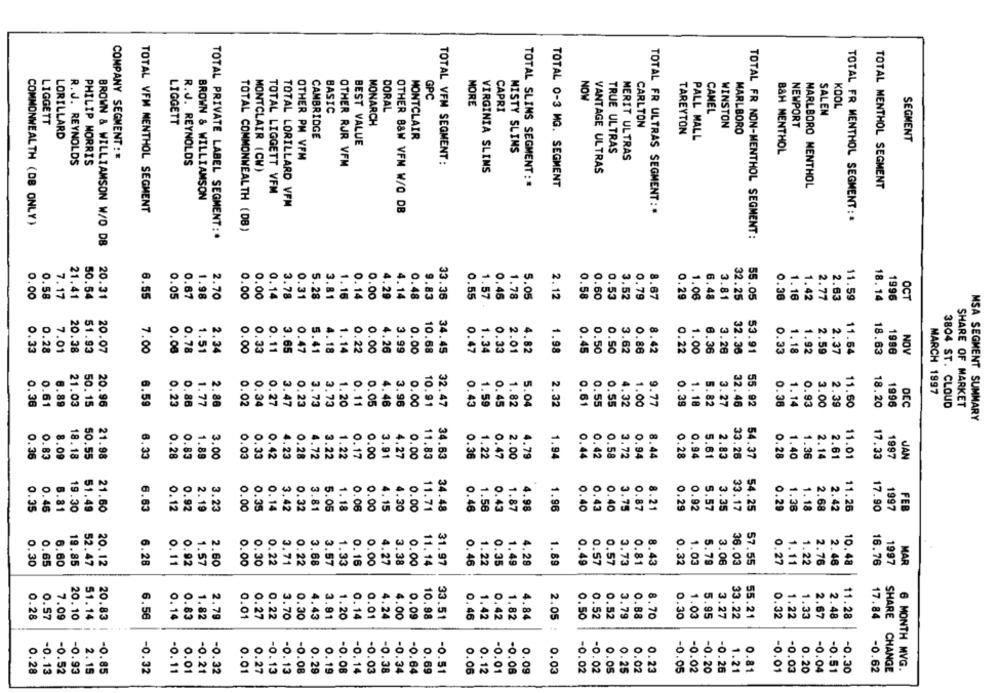
GPC
NOW
MORE
KOOL
BASIC
DORAL
CAPRI
CAMEL
SALEN
LIGGETT
LIGGETT
MONARCH
CARLTON
WINSTON
NEWPORT
TAREYTON
MARLBORO
LORILLARD
CAMBRIDGE
MONTCLAIR
PALL MALL
SEGMENT
BEST VALUE
MISTY SLINS
TRUE ULTRAS
B&H MENTHOL
PHILIP MORRIS
COMPANY SEGMENT : *
R.J. REYNOLDS
OTHER PM VFM
TOTAL VFM SEGMENT:
MERIT ULTRAS
R.J. REYNOLDS
OTHER RJR VFM
MONTCLAIR (CW)
VIRGINIA SLIMS
VANTAGE ULTRAS
TOTAL SLIMS SEGMENT: *
TOTAL 0-3 MG. SEGMENT
MARLBORO MENTHOL
TOTAL MENTHOL SEGMENT
TOTAL LIGGETT VFM
BROWN & WILLIAMSON
TOTAL LORILLARD VFM
TOTAL VFM MENTHOL SEGMENT
OTHER B&W VFM W/O DB
TOTAL FR ULTRAS SEGMENT : *
COMMONWEALTH (DB ONLY)
TOTAL FR MENTHOL SEGMENT : *
TOTAL COMMONWEALTH (DB)
TOTAL PRIVATE LABEL SEGMENT :.
TOTAL FR NON-MENTHOL SEGMENT:
BROWN & WILLIAMSON W/O DB
0
0.
0.
0.
0.00
0.58
7.17
21.41
50.54
20.31
6.55
0.05
1.98
2.70
14
78
0.31
5.28
3.81
1.15
14
14
0.48
9.83
33.36
0.55
1.57
0.45
1.78
5.05
2.12
53
52
8.67
0.29
1.06
6.48
3.81
32.25
55.05
0.38
1. 16
1.42
2.77
11.59
18.14
1996
OCT
4.29
-
o
0.
1.14
1.34
7.01
20.38
51.93
20.07
7.00
0.08
2.34
0.33
0.11
3.65
0.47
5.41
4.18
0.22
4.26
3.99
0.00
10.68
34.45
4.82
1.98
15
0.50
3.62
0.86
8
32.36
53.91
1.18
1.92
2.59
2.37
11.64
18.63
1996
NOV
0
0.
o
MARCH 1997
21.03
50.15
20.96
0.86
1.77
2.86
34
0.27
17
1.20
4.46
10.91
32.47
1.59
0.4
2.32
0.55
9.77
0.39
1. 18
5. 82
3.27
55.92
0.36
1.14
3.00
2.39
11.60
1996
0.38
0.61
6.89
6.59
0.23
0.02
23
13
3
0.11
1.82
5.04
0.55
4.32
1.00
32.46
0.93
18.20
DEC
3804 ST. CLOUD
SHARE OF MARKET
MSA SEGMENT SUMMARY
0
0
O
-
0.
O.
O.
0.36
0.83
8.09
18.18
50.55
21.98
6.33
0.28
0.83
1.89
3.00
0.33
4.23
4.72
3.22
1.22
0.17
0.00
4.27
11.83
34.63
0.36
1.22
0.47
2.00
4.79
1.94
14
12
12
34
8.44
0.28
0.94
5.61
2.83
33.26
54.37
1.36
2.14
2.61
11.01
17.33
1997
JAN
3.91
O
8
U
0.92
8 %
1.56
4.98
1.96
.21
54.25
0.29
1. 18
1997
19.30
51.49
21.60
6.63
0.12
2. 19
3.23
0.00
0.35
0.14
3.42
0.32
3.81
5.05
: 8
1. 18
0.00
4.15
4.30
34.48
0.46
O
3.75
0.87
0.29
0.92
33.17
1.38
11.26
17.90
FEB
N
0
-
-
0.
19.85
52.47
20.12
6.28
0.92
1.57
2.60
0.30
.22
0.22
3.68
3.57
33
0.16
0.00
4.27
3.38
0.00
11. 14
31.97
16
0.3
1.49
. 28
1.89
3
1.03
36.03
57.55
0.27
1.11
1.22
10.48
16.76
1997
MAR
0.30
0.00
2.48
0.
0.28
0.57
7.09
20.10
20.83
6.56
0.14
0.83
1.82
2.79
0.01
0.27
0.22
3.70
0.30
4.43
31
1.20
0.14
4.24
4.00
0.09
10.98
33.51
0.46
1.42
0.42
1.82
4.84
0.50
0.52
0.52
3.79
0. 88
8.70
0.30
8
33.22
55.21
0.32
1.22
11.28
51.14
17.84
-C
O.
.O.
6 MONTH MVG.
0.28
-0.13
-0.52
-0.93
2.15
-0.85
-0.32
-0. 11
0.01
-0.21
-0.32
0.01
27
13
13
0.29
0. 19
-0.08
-0.14
-0.03
-0.38
-0.34
-0.64
0.69
-0.51
0.06
0.12
-0.01
-0.08
0.09
2.05 : 0.03
-0.02
0.05
0.25
0.02
0.23
-0.05
-0.02
-0.20
-0.26
.21
0.81
-0.01
-0.03
0.20
-0.04
-0.51
-0.30
-0.62
SHARE CHANGE